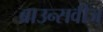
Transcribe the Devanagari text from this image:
ब्राउन्सवीज